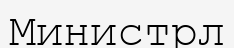
Министрл